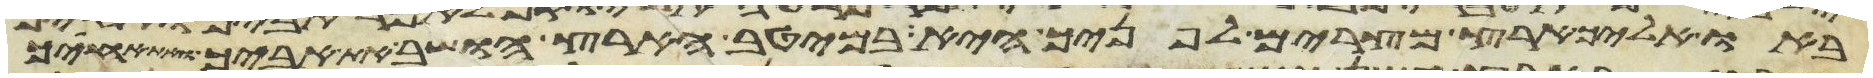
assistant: באו אליך ארץ מצרים לפניך היא במיטב הארץ הושב את אביך ואת אחיך